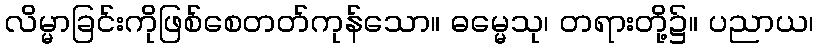
လိမ္မာခြင်းကိုဖြစ်စေတတ်ကုန်သော။ ဓမ္မေသု၊ တရားတို့၌။ ပညာယ၊